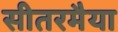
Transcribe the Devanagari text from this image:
सीतरमैया